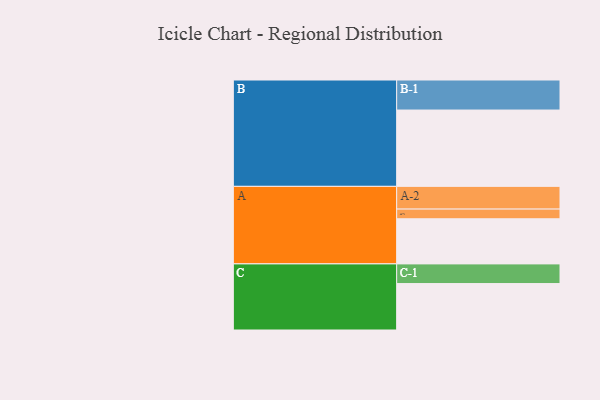
{"axis": {"x": "Segment", "y": "Value"}, "legend": ["", "A", "B", "C"], "data": [{"x": "A", "y": 344, "type": ""}, {"x": "B", "y": 582, "type": ""}, {"x": "C", "y": 354, "type": ""}, {"x": "A-1", "y": 74, "type": "A"}, {"x": "A-2", "y": 173, "type": "A"}, {"x": "B-1", "y": 229, "type": "B"}, {"x": "C-1", "y": 150, "type": "C"}]}